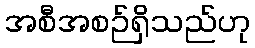
အစီအစဉ်ရှိသည်ဟု